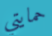
حمايتي